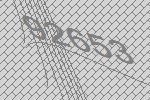
92653